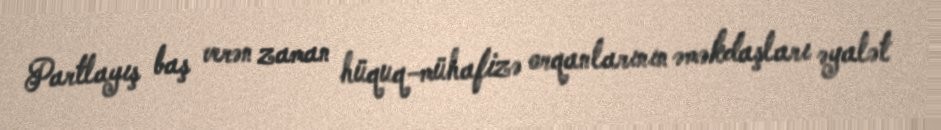
Partlayış baş verən zaman hüquq-mühafizə orqanlarının əməkdaşları əyalət